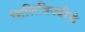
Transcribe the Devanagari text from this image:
मिलित्रिज्यीचे